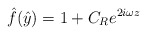
\begin{align*}\hat{f}(\hat{y}) = 1 + C_R e^{2i \omega z}\end{align*}